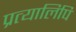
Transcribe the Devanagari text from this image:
प्रत्यालिपि